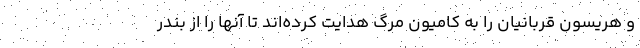
و هریسون قربانیان را به کامیون مرگ هدایت کرده‌اند تا آنها را از بندر